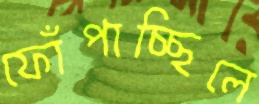
ফোঁপাচ্ছিলে